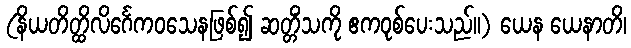
(နိယတိတ္ထိလိင်္ဂေကဝသေနဖြစ်၍ ဆတ္တိံသကို ဧကဝုစ်ပေးသည်။) ယေန ယေနာတိ၊